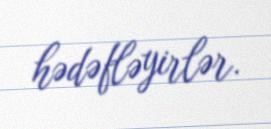
hədəfləyirlər.